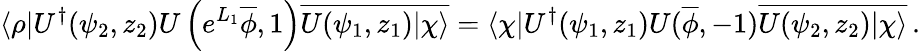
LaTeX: \langle\rho|U^{\dagger}(\psi_{2},z_{2})U\left(e^{L_{1}}\overline{{\phi}},1\right)\overline{{{U(\psi_{1},z_{1})|\chi\rangle}}}=\langle\chi|U^{\dagger}(\psi_{1},z_{1})U(\overline{{\phi}},-1)\overline{{{U(\psi_{2},z_{2})|\chi\rangle}}}\, .